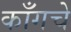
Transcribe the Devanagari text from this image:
काँगचे